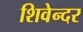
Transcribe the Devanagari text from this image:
शिवेन्दर